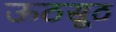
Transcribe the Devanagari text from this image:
ऊठसूठ